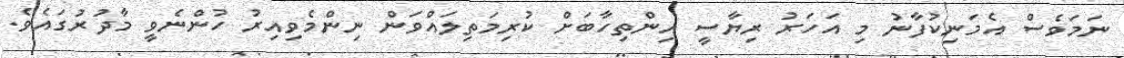
ނަމަވެސް އެމަނިކުފާނު މި އަހަރު ރިޔާސީ އިންތިހާބަށް ކުރިމަތިލައްވަން ނިންމެވިއިރު ހުންނެވީ މާދުރުގައެވެ.